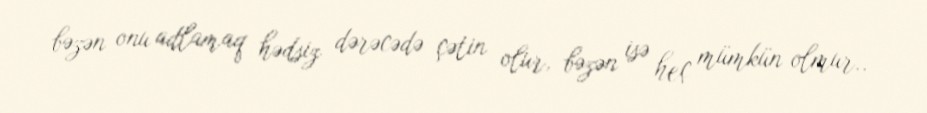
bəzən onu adlamaq hədsiz dərəcədə çətin olur, bəzən isə heç mümkün olmur..